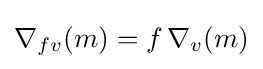
\nabla _{fv}(m)=f\,\nabla _{v}(m)